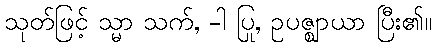
သုတ်ဖြင့် သ္မာ သက်, -ါ ပြု, ဥပဇ္ဈာယာ ပြီး၏။